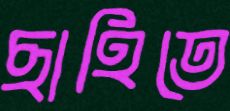
ছাহিতে